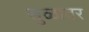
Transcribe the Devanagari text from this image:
सुळावर